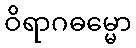
ဝိရာဂဓမ္မော